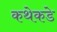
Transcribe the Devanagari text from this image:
कथेकडे